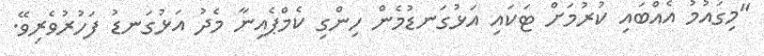
"މިގައުމު އެއްބައި ކުރުމަށް ޓަކައި އަޅުގަނޑުމެން ހިންގި ކެމްޕެއިނާ މެދު އަޅުގަނޑު ފަހުރުވެރިވޭ.